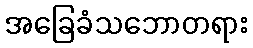
အခြေခံသဘောတရား